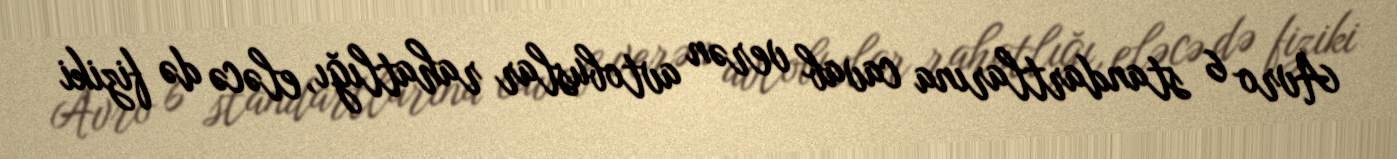
Avro 6 standartlarına cavab verən avtobuslar rahatlığı, eləcə də fiziki